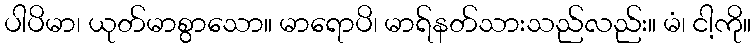
ပါပိမာ၊ ယုတ်မာစွာသော။ မာရောပိ၊ မာရ်နတ်သားသည်လည်း။ မံ၊ ငါ့ကို။